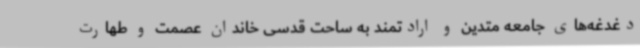
دغدغه‌های جامعه متدین و ارادتمند به ساحت قدسی خاندان عصمت و طهارت